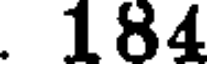
. 184